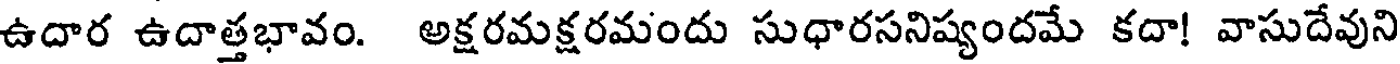
ఉదార ఉదాత్తభావం. అక్షరమక్షరమందు సుధారసనిష్యందమే కదా! వాసుదేవుని